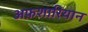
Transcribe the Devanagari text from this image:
अफ़शारियान